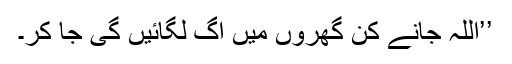
’’اللہ جانے کن گھروں میں آگ لگائیں گی جا کر۔